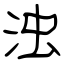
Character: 浊